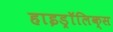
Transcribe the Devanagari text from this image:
हाइड्रॉलिक्स